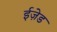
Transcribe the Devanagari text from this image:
ईज़ेड